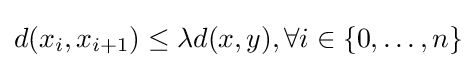
d(x_{i},x_{i+1})\leq \lambda d(x,y),\forall i\in \{0,\ldots ,n\}